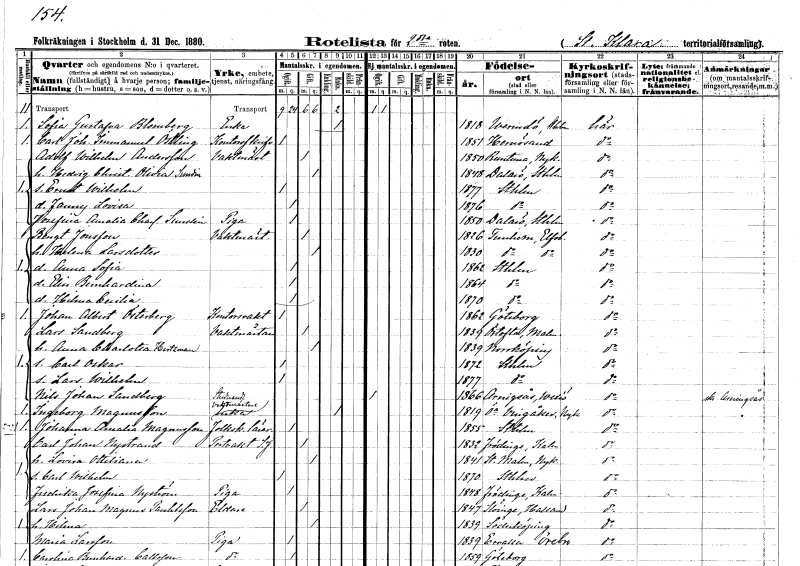
gt_parse: households: individuals: FN: Sofia Gustafva
EN: Blomberg
YRKE: Änka
KON: K
CIV: E
FODAR: 1818
FODFORS: Värmdö Stockholms län
FN: Carl Johan Immanuel
EN: Östling
YRKE: Kontorsskrivare
KON: M
CIV: O
FODAR: 1851
FODFORS: Härnösand Västernorrlands län
FN: Adolf Wilhelm
EN: Andersson
YRKE: Vaktmästare
KON: M
CIV: G
FODAR: 1850
FODFORS: Runtuna Södermanlands län
FN: Hedvig Christina Olivia
EN: Sundin
KON: K
CIV: G
FODAR: 1848
FODFORS: Dalarö Stockholms län
FN: Ernst Wilhelm
KON: M
CIV: O
FODAR: 1877
FODFORS: Stockholm
FN: Fanny Lovisa
KON: K
CIV: O
FODAR: 1876
FODFORS: Stockholm
FN: Josefina Amalia Charlotta
EN: Sundin
YRKE: Piga
KON: K
CIV: O
FODAR: 1850
FODFORS: Dalarö Stockholms län
FN: Bengt
EN: Jonsson
YRKE: Vaktmästare
KON: M
CIV: G
FODAR: 1826
FODFORS: Västra Tunhem Älvsborgs län
FN: Helena
EN: Larsdotter
KON: K
CIV: G
FODAR: 1830
FODFORS: Västra Tunhem Älvsborgs län
FN: Anna Sofia
KON: K
CIV: O
FODAR: 1862
FODFORS: Stockholm
FN: Elin Bernhardina
KON: K
CIV: O
FODAR: 1864
FODFORS: Stockholm
FN: Hilma Cecilia
KON: K
CIV: O
FODAR: 1870
FODFORS: Stockholm
FN: Johan Albert
EN: Österberg
YRKE: Kontorsvakt
KON: M
CIV: O
FODAR: 1862
FODFORS: Göteborg Göteborgs- och Bohuslän
FN: Lars
EN: Sandberg
YRKE: Vaktmästare
KON: M
CIV: G
FODAR: 1839
FODFORS: Örtofta Malmöhus län
FN: Anna Charlotta
EN: Hertzman
KON: K
CIV: G
FODAR: 1839
FODFORS: Norrköping Östergötlands län
FN: Carl Oskar
KON: M
CIV: O
FODAR: 1872
FODFORS: Stockholm
FN: Lars Wilhelm
KON: M
CIV: O
FODAR: 1877
FODFORS: Stockholm
FN: Nils Johan
EN: Sandberg
YRKE: Studerande
KON: M
CIV: O
FODAR: 1866
FODFORS: Aringsås Kronobergs län
FN: Ingeborg
EN: Magnusson
YRKE: Vaktmästaränka
KON: K
CIV: E
FODAR: 1819
FODFORS: Östra Vingåker Södermanlands län
FN: Johanna Amalia
EN: Magnusson
YRKE: Folkskolelärarinna
KON: K
CIV: O
FODAR: 1855
FODFORS: Stockholm
FN: Carl Johan
EN: Nystrand
YRKE: Portvakt vid S.J.
KON: M
CIV: G
FODAR: 1832
FODFORS: Frödinge Kalmar län
FN: Lovisa Ottiliana
KON: K
CIV: G
FODAR: 1841
FODFORS: Stora Malm Södermanlands län
FN: Carl Wilhelm
KON: M
CIV: O
FODAR: 1870
FODFORS: Stockholm
FN: Fredrika Josefina
EN: Nyström
YRKE: Piga
KON: K
CIV: O
FODAR: 1848
FODFORS: Frödinge Kalmar län